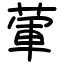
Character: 葷